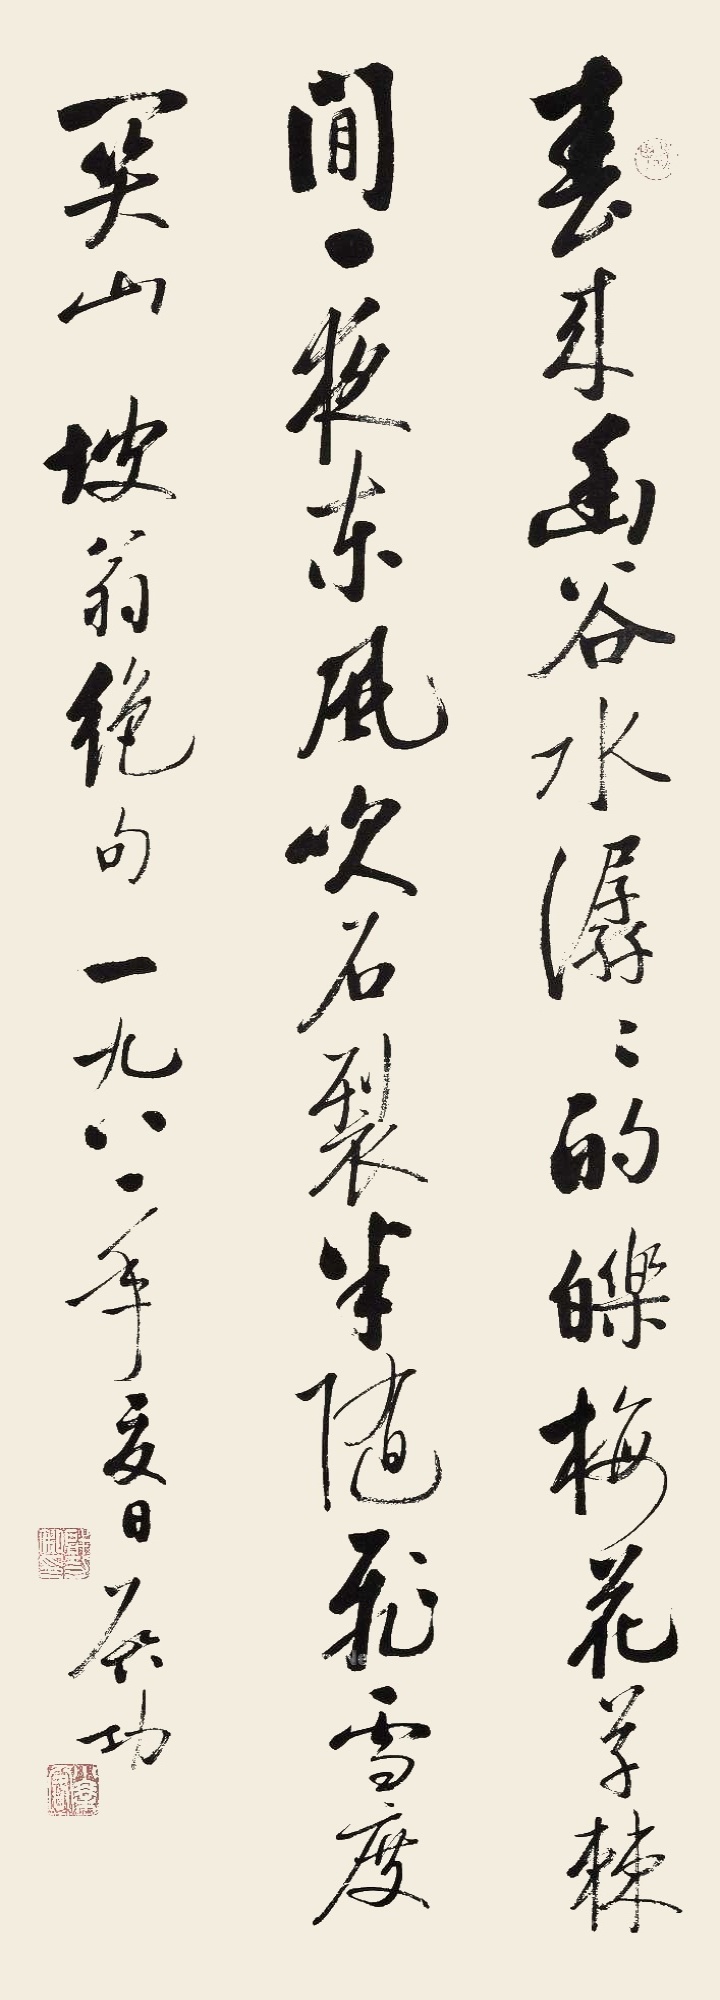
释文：春来幽谷水潺潺，的皪梅花草棘间。一夜东风吹石裂，半随飞雪度关山。坡翁绝句，一九八一年夏日，启功。